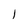
Character: l